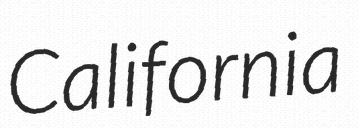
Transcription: California